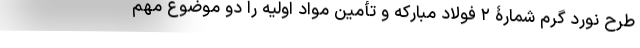
طرح نورد گرم شمارۀ ۲ فولاد مبارکه و تأمین مواد اولیه را دو موضوع مهم